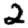
Digit: 2